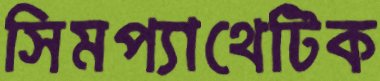
সিমপ্যাথেটিক